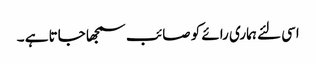
اسی لئے ہماری رائے کو صائب سمجھا جاتا ہے ۔